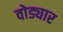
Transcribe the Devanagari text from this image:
वोड्यार